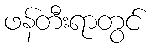
ဖန်တီးရာတွင်